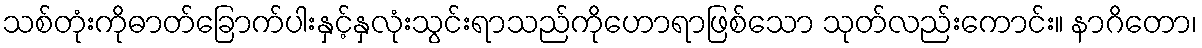
သစ်တုံးကိုဓာတ်ခြောက်ပါးနှင့်နှလုံးသွင်းရာသည်ကိုဟောရာဖြစ်သော သုတ်လည်းကောင်း။ နာဂိတော၊